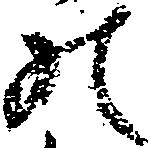
の